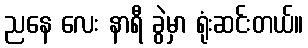
ညနေ လေး နာရီ ခွဲမှာ ရုံးဆင်းတယ်။